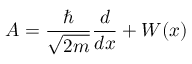
A = { \frac { \hbar } { \sqrt { 2 m } } } { \frac { d } { d x } } + W ( x )